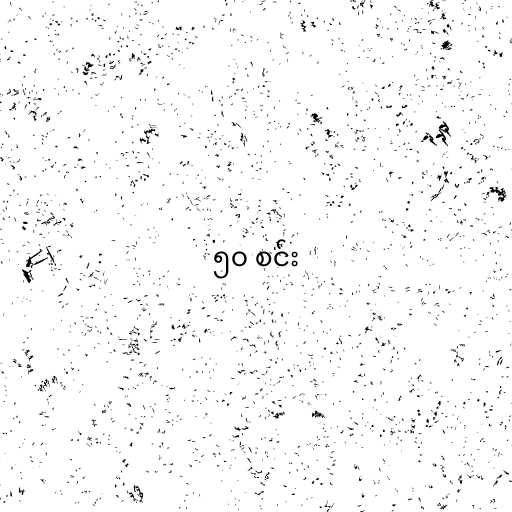
၅၀ စင်း